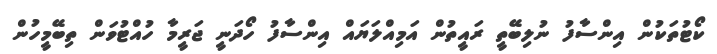
ކޯޓުތަކުން އިންސާފު ނުލިބޭތީ ރައީތުން އަމިއްލަޔައް އިންސާފު ހޯދަނީ ޖަރީމާ ހުއްޓުވަން ތިބޭމީހުން